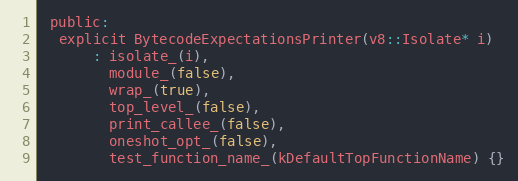
Language: C
 public:
  explicit BytecodeExpectationsPrinter(v8::Isolate* i)
      : isolate_(i),
        module_(false),
        wrap_(true),
        top_level_(false),
        print_callee_(false),
        oneshot_opt_(false),
        test_function_name_(kDefaultTopFunctionName) {}